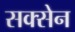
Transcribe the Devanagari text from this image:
सक्सेन